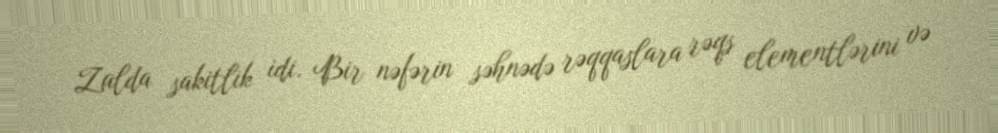
Zalda sakitlik idi. Bir nəfərin səhnədə rəqqaslara rəqs elementlərini və